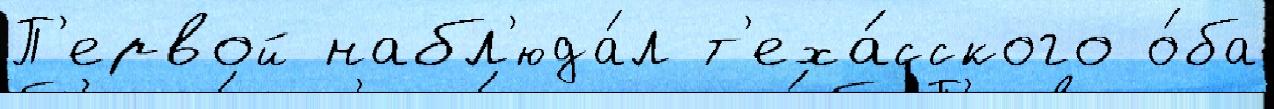
П'ервой набл'юда́л т'еха́сского о́ба